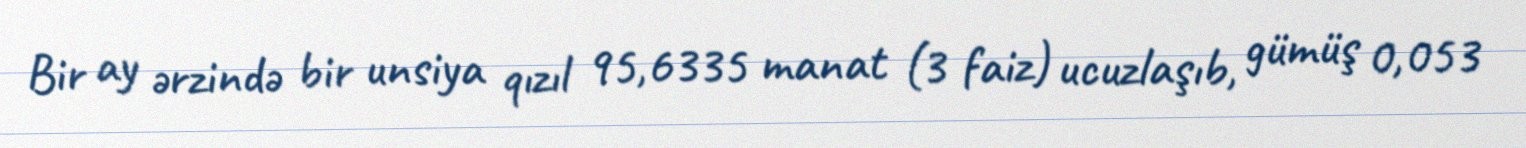
Bir ay ərzində bir unsiya qızıl 95,6335 manat (3 faiz) ucuzlaşıb, gümüş 0,053